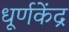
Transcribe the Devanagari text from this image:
धूर्णकेंद्र